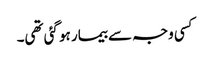
کسی وجہ سے بیمار ہو گئی تھی۔